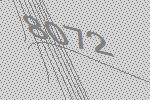
8072